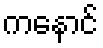
ကနောင်